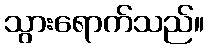
သွားရောက်သည်။